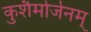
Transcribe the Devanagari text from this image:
कुशैर्मार्जनम्